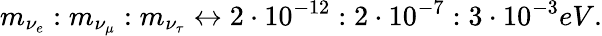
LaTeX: m_{\nu_{e}}:m_{\nu_{\mu}}:m_{\nu_{\tau}}\leftrightarrow 2\cdot 10^{-12}:2\cdot 10^{-7}:3\cdot 10^{-3}eV.